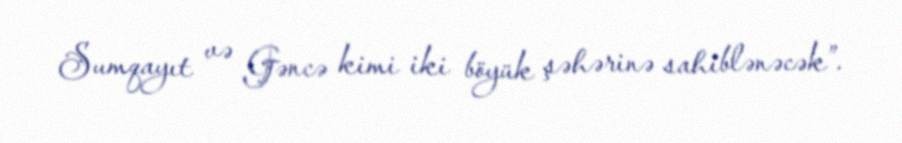
Sumqayıt və Gəncə kimi iki böyük şəhərinə sahiblənəcək”.